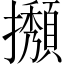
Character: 𢹉